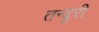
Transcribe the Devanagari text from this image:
तन्दूरी